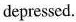
depressed.